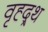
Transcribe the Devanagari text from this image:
वृह्द्र्थ